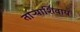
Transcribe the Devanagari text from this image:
ताऱ्याशिवाय